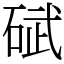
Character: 碔